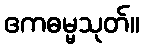
ဧကဓမ္မသုတ်။